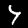
Label: 4